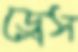
ড্রেস